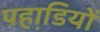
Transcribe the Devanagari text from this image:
पहाडि़यों